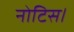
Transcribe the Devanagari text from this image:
नोटिस।